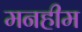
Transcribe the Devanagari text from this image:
मनहीम